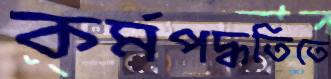
কর্মপদ্ধতিতে